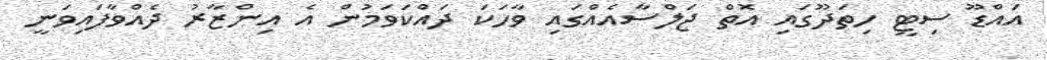
އައްޑޫ ސިޓީ ހިތަދޫގައި އޮތް ޖަލްސާއެއްގައި ވާހަކަ ދައްކަވަމުން އެ އިންޒާރު ދެއްވާފައިވަނީ